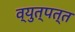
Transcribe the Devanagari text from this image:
व्युत्पत्त